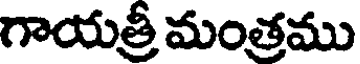
గాయత్రీ మంత్రము